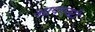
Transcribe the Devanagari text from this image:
आयएनटी